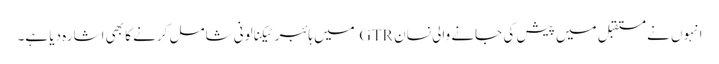
انہوں نے مستقبل میں پیش کی جانے والی نسان GTR میں ہائبر ٹیکنالونی شامل کرنے کا بھی اشارہ دیا ہے۔